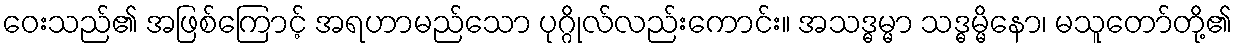
ဝေးသည်၏ အဖြစ်ကြောင့် အရဟာမည်သော ပုဂ္ဂိုလ်လည်းကောင်း။ အသဒ္ဓမ္မာ သဒ္ဓမ္မိနော၊ မသူတော်တို့၏